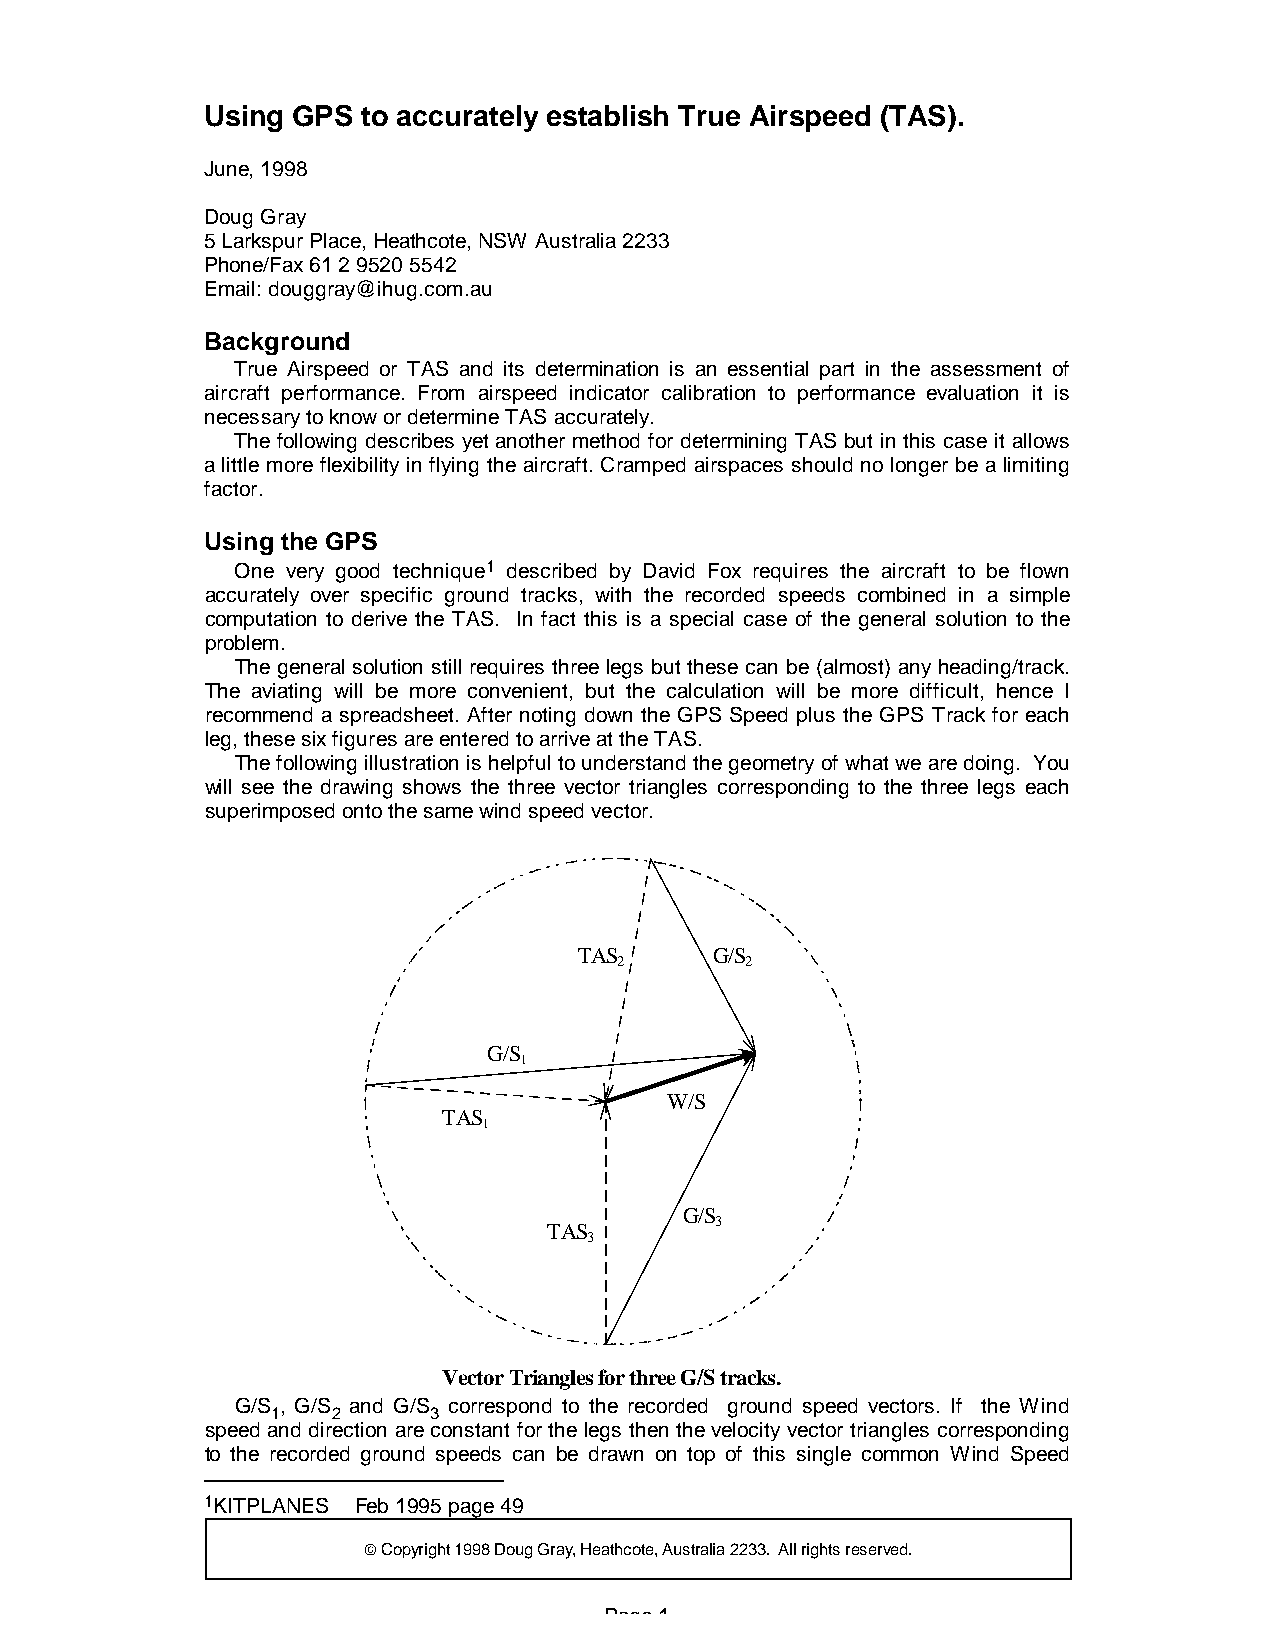
Using GPS to accurately establish True Airspeed (TAS).
 June, 1998
 Doug Gray
 5 Larkspur Place, Heathcote, NSW Australia 2233
 Phone/Fax 61 2 9520 5542
 Email: douggray@ihug.com.au
 Background
 True Airspeed or TAS and its determination is an essential part in the assessment of
 aircraft performance. From airspeed indicator calibration to performance evaluation it is
 necessary to know or determine TAS accurately.
 The following describes yet another method for determining TAS but in this case it allows
 a little more flexibility in flying the aircraft. Cramped airspaces should no longer be a limiting
 factor.
 Using the GPS
 One very good technique1 described by David Fox requires the aircraft to be flown
 accurately over specific ground tracks, with the recorded speeds combined in a simple
 computation to derive the TAS. In fact this is a special case of the general solution to the
 problem.
 The general solution still requires three legs but these can be (almost) any heading/track.
 The aviating will be more convenient, but the calculation will be more difficult, hence I
 recommend a spreadsheet. After noting down the GPS Speed plus the GPS Track for each
 leg, these six figures are entered to arrive at the TAS.
 The following illustration is helpful to understand the geometry of what we are doing. You
 will see the drawing shows the three vector triangles corresponding to the three legs each
 superimposed onto the same wind speed vector.
 TAS      G/S
 2       2
 G/S
 1
 W/S
 TAS
 1
 G/S
 3
 TAS
 3
 Vector Triangles for three G/S tracks.
 G/S , G/S and G/S correspond to the recorded ground speed vectors. If the Wind
 1   2     3
 speed and direction are constant for the legs then the velocity vector triangles corresponding
 to the recorded ground speeds can be drawn on top of this single common Wind Speed
 1KITPLANES Feb 1995 page 49
 ª Copyright 1998 Doug Gray, Heathcote, Australia 2233. All rights reserved.
 Page 1